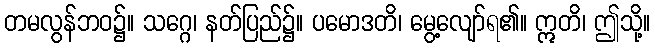
တမလွန်ဘဝ၌။ သဂ္ဂေ၊ နတ်ပြည်၌။ ပမောဒတိ၊ မွေ့လျော်ရ၏။ ဣတိ၊ ဤသို့။